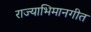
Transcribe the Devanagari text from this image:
राज्याभिमानगीत